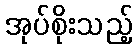
အုပ်စိုးသည့်